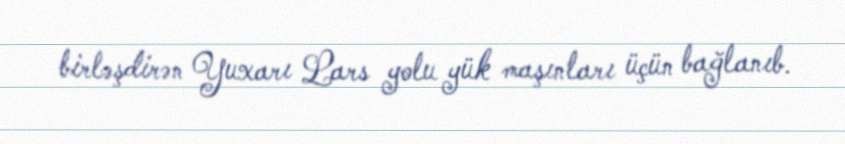
birləşdirən Yuxarı Lars yolu yük maşınları üçün bağlanıb.